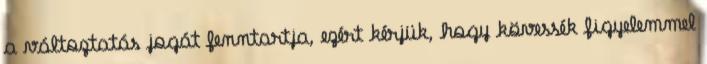
a változtatás jogát fenntartja, ezért kérjük, hogy kövessék figyelemmel